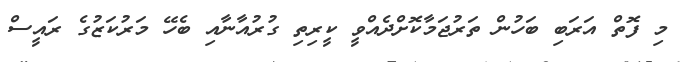
މި ފޮތް އަރަބި ބަހުން ތަރުޖަމާކޮށްދެއްވީ ކީރިތި ގުރުއާނާއި ބެހޭ މަރުކަޒުގެ ރައީސް